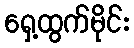
ရှေ့ထွက်မိုင်း